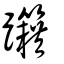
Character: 𨈁